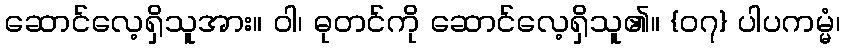
ဆောင်လေ့ရှိသူအား။ ဝါ၊ ဓုတင်ကို ဆောင်လေ့ရှိသူ၏။ {၀၇} ပါပကမ္မံ၊